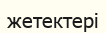
жетектері